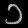
Digit: ၁